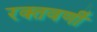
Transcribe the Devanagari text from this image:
रक्तवर्णी